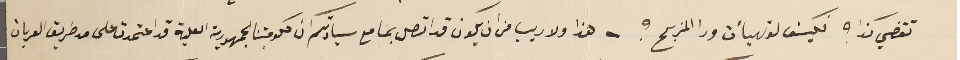
تقضي كذا ؟ فكيف لوتهيأت ورا المزبح ؟ - هذا ولا ريب من ان يكون قد اتصل بمسَامع سيادتكم ان حكومتنا الجمهورية العلية قد اعتمدت على مد طريق العربات